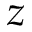
z